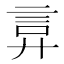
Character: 𫌲